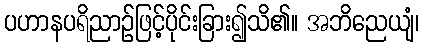
ပဟာနပရိညာဉ်ဖြင့်ပိုင်းခြား၍သိ၏။ အဘိညေယျံ၊